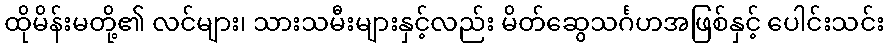
ထိုမိန်းမတို့၏ လင်များ၊ သားသမီးများနှင့်လည်း မိတ်ဆွေသင်္ဂဟအဖြစ်နှင့် ပေါင်းသင်း